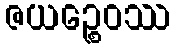
ဇယဉ္စေဝဿ